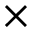
\times